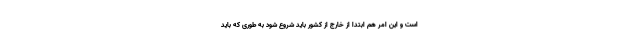
است و این امر هم ابتدا از خارج از کشور باید شروع شود به طوری که باید